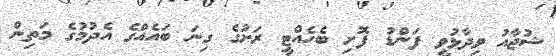
ޝުޖާއު ވިދާޅުވީ ފަންޑު ފޮށި ބެހެއްޓީ ރަށުގެ ގިނަ ބައެއްގެ އެދުމުގެ މަތިން